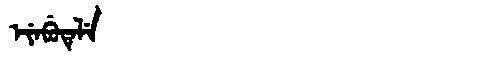
Manchu: ᡝᠶᡝᠪᡠᡨᡝᠯᡝ
Romanization: EYEBUTELE